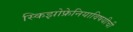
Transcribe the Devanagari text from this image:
स्किझोफ्रेनियाविषयीची